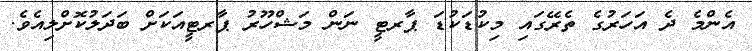
އެންމެ ދެ އަހަރުގެ ތެރޭގައި މިކުޑަކުޑަ ޕާރޓީ ނަން މަޝްހޫރު ޕާރޓީއަކަށް ބަދަލުކޮށްލިއެވެ.